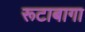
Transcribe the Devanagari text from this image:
रूटाबागा